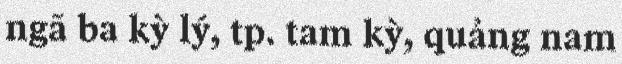
ngã ba kỳ lý, tp. tam kỳ, quảng nam